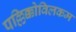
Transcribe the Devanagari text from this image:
पल्लिक्कोविलकम